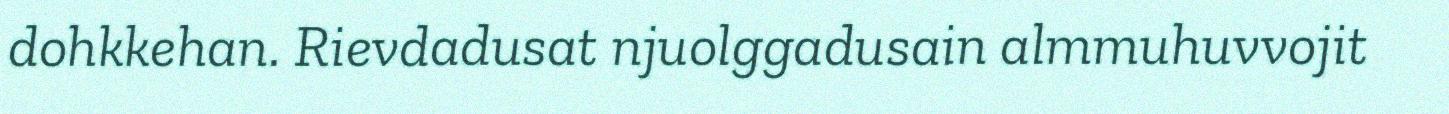
dohkkehan. Rievdadusat njuolggadusain almmuhuvvojit